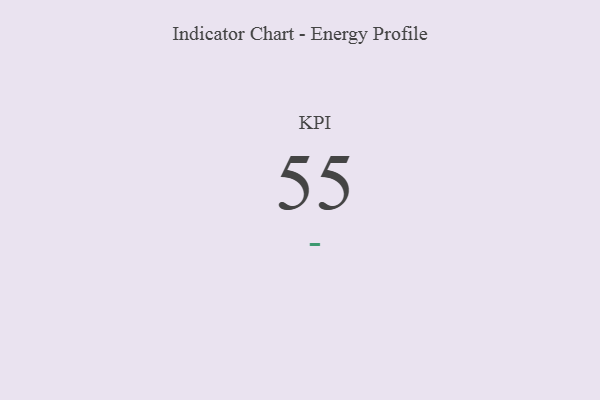
{"axis": {"x": "KPI", "y": "Value"}, "legend": [""], "data": [{"x": "KPI", "y": 55, "type": ""}]}